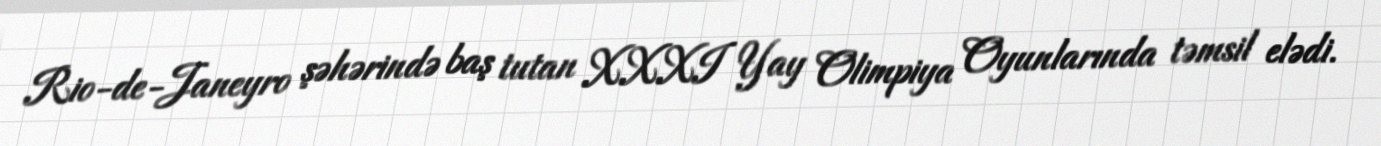
Rio-de-Janeyro şəhərində baş tutan XXXI Yay Olimpiya Oyunlarında təmsil elədi.